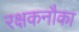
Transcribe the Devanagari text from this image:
रक्षकनौका